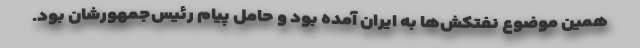
همین موضوع نفتکش‌ها به ایران آمده بود و حامل پیام رئیس‌جمهورشان بود.